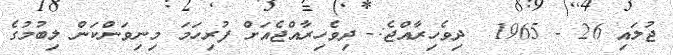
ޖުލައި 26 - 1965  ދިވެހިރާއްޖެ:- ދިވެހިރާއްޖެއަށް ފުރިހަމަ މިނިވަންކަން ލިބުމުގެ